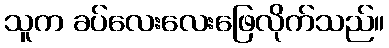
သူက ခပ်လေးလေးဖြေလိုက်သည်။